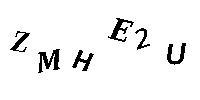
ZMHE2U